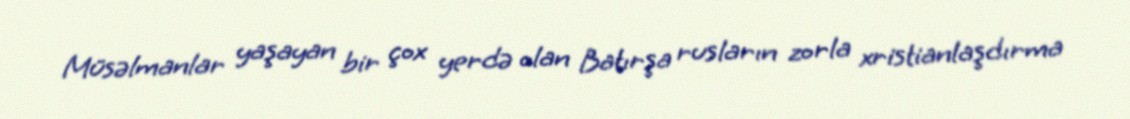
Müsəlmanlar yaşayan bir çox yerdə olan Batırşa rusların zorla xristianlaşdırma